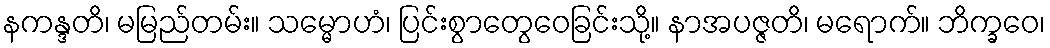
နကန္ဒတိ၊ မမြည်တမ်း။ သမ္မောဟံ၊ ပြင်းစွာတွေဝေခြင်းသို့။ နာအပဇ္ဇတိ၊ မရောက်။ ဘိက္ခဝေ၊